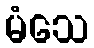
မံသေ